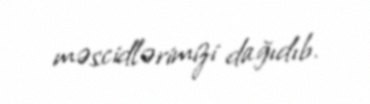
məscidlərimizi dağıdıb.